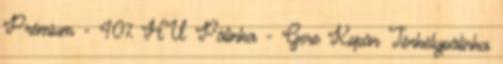
Prémium - 40% HU Pálinka - Gere Kopár Törkölypálinka